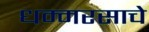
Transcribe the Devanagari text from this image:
धम्मरसाचे